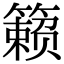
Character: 籁